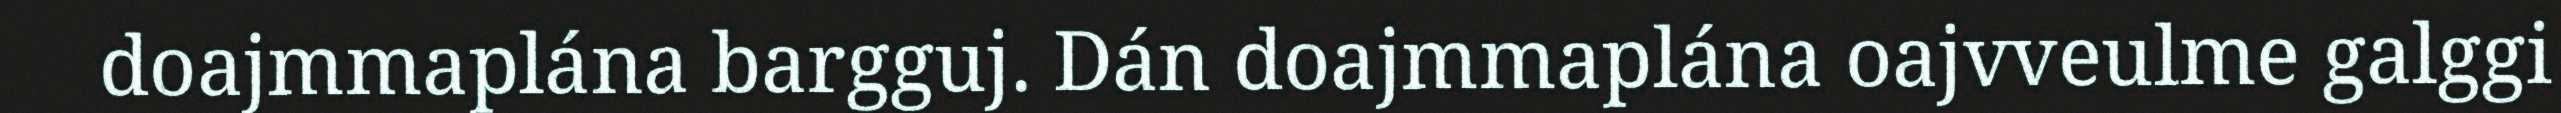
doajmmaplána bargguj. Dán doajmmaplána oajvveulme galggi